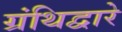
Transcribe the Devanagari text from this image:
ग्रंथिद्वारे